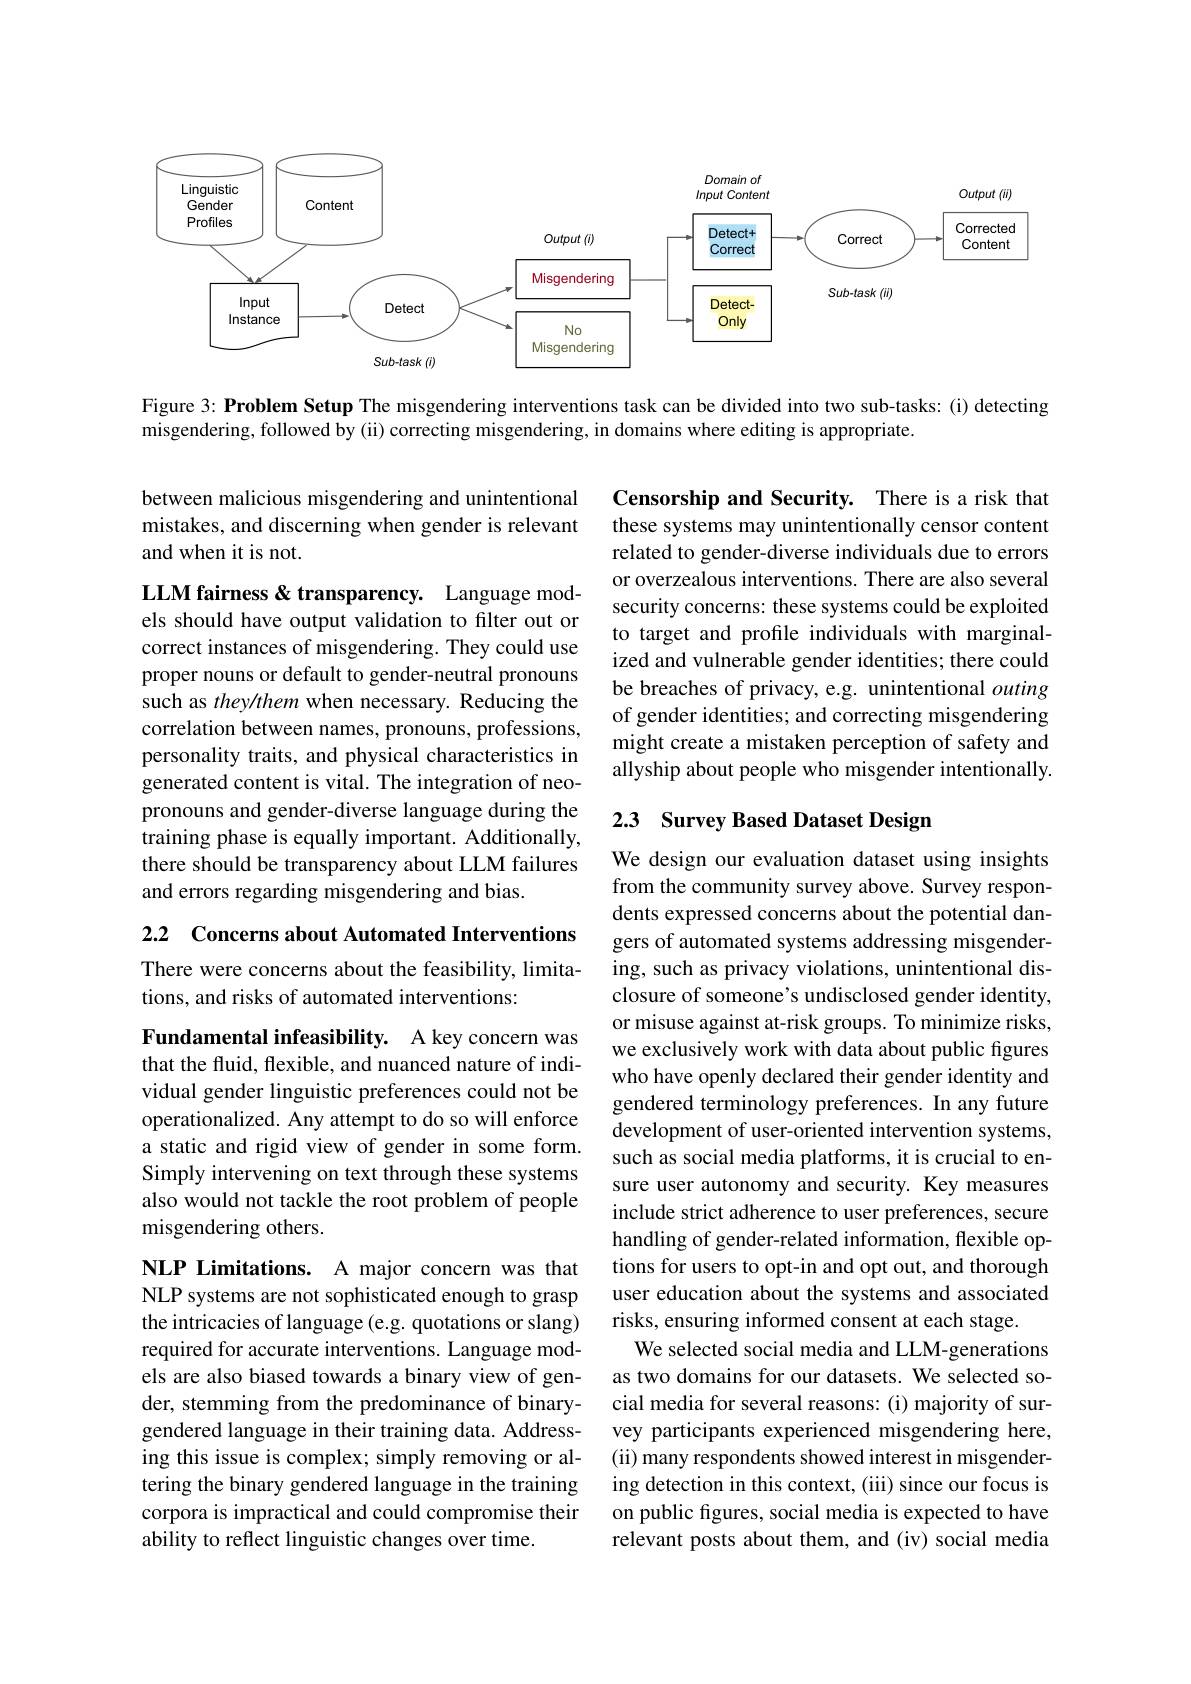
<FigureHere>

Figure 3: Problem Setup The misgendering interventions task can be divided into two sub-tasks: (i) detecting
misgendering, followed by (ii) correcting misgendering, in domains where editing is appropriate.

between malicious misgendering and unintentional mistakes, and discerning when gender is relevant and when it is not.

Censorship and Security. There is a risk that these systems may unintentionally censor content related to gender-diverse individuals due to errors or overzealous interventions. There are also several security concerns: these systems could be exploited to target and profile individuals with marginalized and vulnerable gender identities; there could be breaches of privacy, e.g. unintentional outing of gender identities; and correcting misgendering might create a mistaken perception of safety and allyship about people who misgender intentionally.

LLM fairness & transparency. Language models should have output validation to filter out or correct instances of misgendering. They could use proper nouns or default to gender-neutral pronouns such as they/them when necessary. Reducing the correlation between names, pronouns, professions, personality traits, and physical characteristics in generated content is vital. The integration of neopronouns and gender-diverse language during the training phase is equally important. Additionally, there should be transparency about LLM failures and errors regarding misgendering and bias.

## 2.3 Survey Based Dataset Design

2.2 Concerns about Automated Interventions

There were concerns about the feasibility, limita-
tions, and risks of automated interventions:

Fundamental infeasibility. A key concern was that the fluid, flexible, and nuanced nature of individual gender linguistic preferences could not be operationalized. Any attempt to do so will enforce a static and rigid view of gender in some form. Simply intervening on text through these systems also would not tackle the root problem of people misgendering others.

We design our evaluation dataset using insights from the community survey above. Survey respondents expressed concerns about the potential dangers of automated systems addressing misgendering, such as privacy violations, unintentional disclosure of someone's undisclosed gender identity, or misuse against at-risk groups. To minimize risks, we exclusively work with data about public figures who have openly declared their gender identity and gendered terminology preferences. In any future development of user-oriented intervention systems, such as social media platforms, it is crucial to ensure user autonomy and security. Key measures include strict adherence to user preferences, secure handling of gender-related information, flexible options for users to opt-in and opt out, and thorough user education about the systems and associated risks, ensuring informed consent at each stage.
We selected social media and LLM-generations as two domains for our datasets. We selected social media for several reasons: (i) majority of survey participants experienced misgendering here, (ii) many respondents showed interest in misgendering detection in this context, (iii) since our focus is on public figures, social media is expected to have relevant posts about them, and (iv) social media

NLP Limitations. A major concern was that NLP systems are not sophisticated enough to grasp the intricacies of language (e.g. quotations or slang) required for accurate interventions. Language models are also biased towards a binary view of gender, stemming from the predominance of binarygendered language in their training data. Addressing this issue is complex; simply removing or altering the binary gendered language in the training corpora is impractical and could compromise their ability to reflect linguistic changes over time.